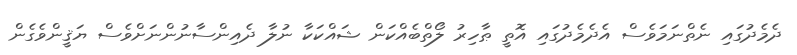
ދެމެދުގައި ނެތްނަމަވެސް އެދެމެދުގައި އޮތީ ޠާހިރު ލޯތްބެއްކަން ޝައްކަކާ ނުލާ ދެއިންސާނުންނަށްވެސް ޔަޤީންވެގެން